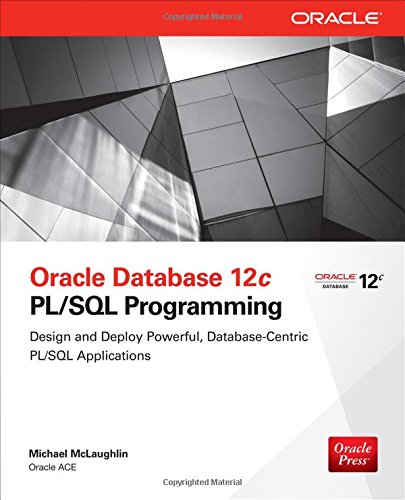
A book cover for Oracle Database 12c PL/SQL Programming; Michael McLaughlin; Computers & Technology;